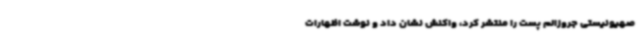
صهیونیستی جروزالم پست را منتشر کرد، واکنش نشان داد و نوشت اظهارات